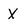
Character: X